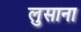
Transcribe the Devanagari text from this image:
लुसाना